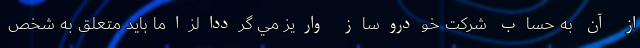
از آن به حساب شركت خودروساز واريز مي گرددالزاماً بايد متعلق به شخص